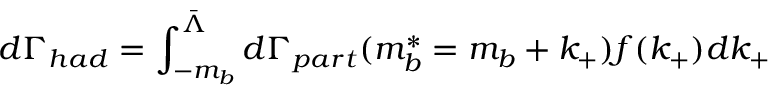
d \Gamma _ { h a d } = \int _ { - m _ { b } } ^ { \bar { \Lambda } } d \Gamma _ { p a r t } ( m _ { b } ^ { * } = m _ { b } + k _ { + } ) f ( k _ { + } ) d k _ { + }